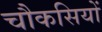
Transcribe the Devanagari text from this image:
चौकसियों